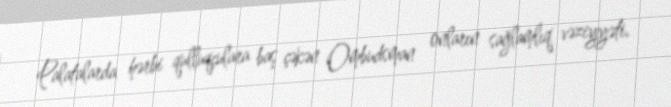
Palatalarda hərbi qulluqçulara baş çəkən Ombudsman onların sağlamlıq vəziyyəti,